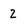
Character: 2